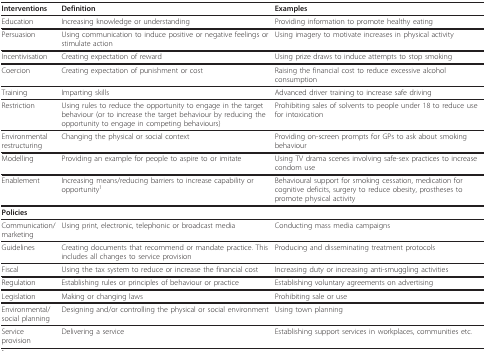
| Interventions | Definition | Examples |
 | --- | --- | --- |
 | Education | Increasing knowledge or understanding | Providing information to promote healthy eating |
 | Persuasion | Using communication to induce positive or negative feelings or stimulate action | Using imagery to motivate increases in physical activity |
 | Incentivisation | Creating expectation of reward | Using prize draws to induce attempts to stop smoking |
 | Coercion | Creating expectation of punishment or cost | Raising the financial cost to reduce excessive alcohol consumption |
 | Training | Imparting skills | Advanced driver training to increase safe driving |
 | Restriction | Using rules to reduce the opportunity to engage in the target behaviour (or to increase the target behaviour by reducing the opportunity to engage in competing behaviours) | Prohibiting sales of solvents to people under 18 to reduce use for intoxication |
 | Environmental restructuring | Changing the physical or social context | Providing on-screen prompts for GPs to ask about smoking behaviour |
 | Modelling | Providing an example for people to aspire to or imitate | Using TV drama scenes involving safe-sex practices to increase condom use |
 | Enablement | Increasing means/reducing barriers to increase capability or opportunity1 | Behavioural support for smoking cessation, medication for cognitive deficits, surgery to reduce obesity, prostheses to promote physical activity |
 | Policies |  |  |
 | Communication/marketing | Using print, electronic, telephonic or broadcast media | Conducting mass media campaigns |
 | Guidelines | Creating documents that recommend or mandate practice. This includes all changes to service provision | Producing and disseminating treatment protocols |
 | Fiscal | Using the tax system to reduce or increase the financial cost | Increasing duty or increasing anti-smuggling activities |
 | Regulation | Establishing rules or principles of behaviour or practice | Establishing voluntary agreements on advertising |
 | Legislation | Making or changing laws | Prohibiting sale or use |
 | Environmental/social planning | Designing and/or controlling the physical or social environment | Using town planning |
 | Service provision | Delivering a service | Establishing support services in workplaces, communities etc. |